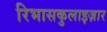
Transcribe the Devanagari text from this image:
रिभासकुलाइज़ार